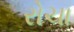
રોચા